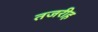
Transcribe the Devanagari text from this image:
तजरीह